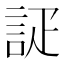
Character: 𮘇